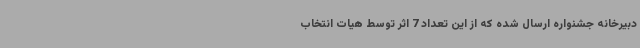
دبیرخانه جشنواره ارسال شده که از این تعداد 7 اثر توسط هیات انتخاب